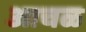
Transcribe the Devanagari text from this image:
आचळ